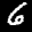
Label: 6